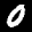
Label: 0